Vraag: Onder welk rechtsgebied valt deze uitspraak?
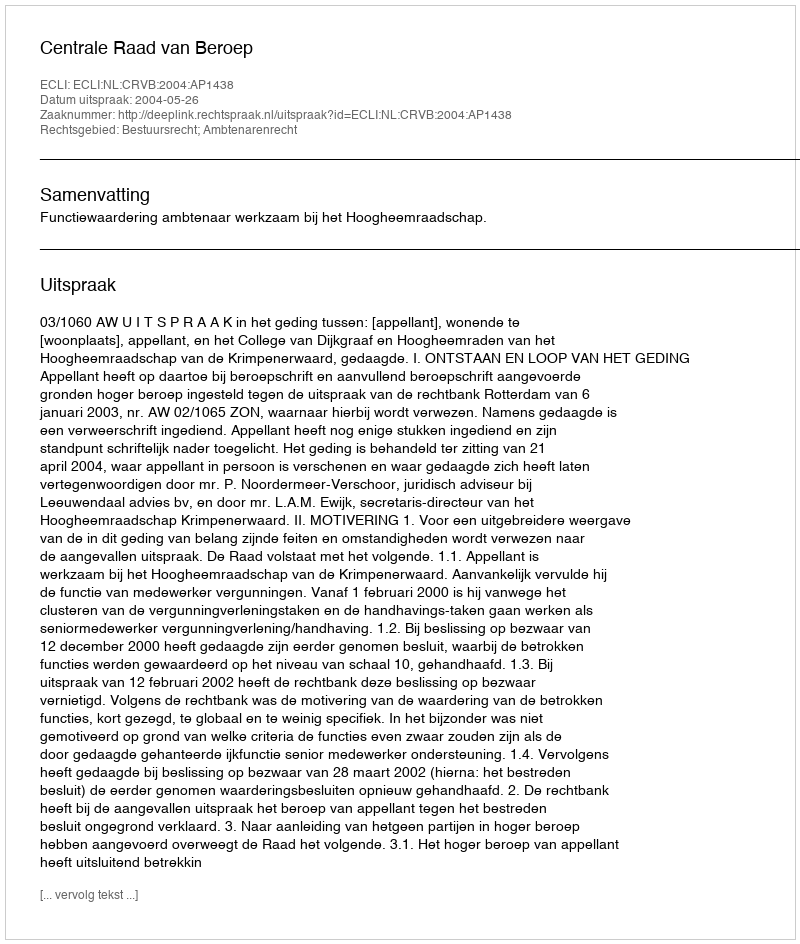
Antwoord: Bestuursrecht; Ambtenarenrecht